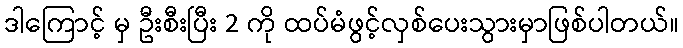
ဒါကြောင့် မှ ဦးစီးပြီး 2 ကို ထပ်မံဖွင့်လှစ်ပေးသွားမှာဖြစ်ပါတယ်။